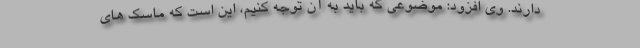
دارند. وی افزود: موضوعی که باید به آن توجه کنیم، این است که ماسک های